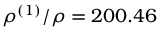
\rho ^ { ( 1 ) } / \rho = 2 0 0 . 4 6